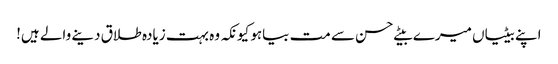
اپنے بیٹیاں میرے بیٹے حسن سے مت بیاہو کیونکہ وہ بہت زیادہ طلاق دینے والے ہیں!